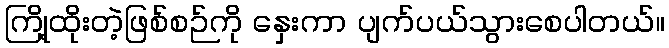
ကြို့ထိုးတဲ့ဖြစ်စဉ်ကို နှေးကာ ပျက်ပယ်သွားစေပါတယ်။